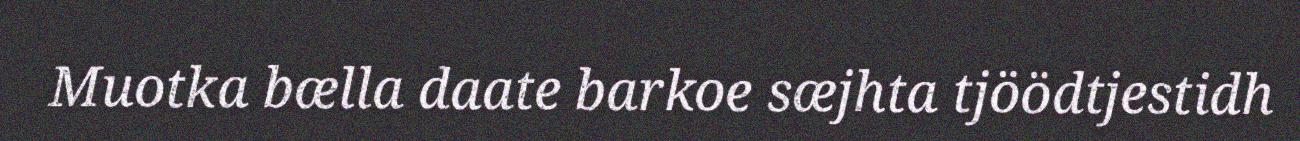
Muotka bælla daate barkoe sæjhta tjöödtjestidh